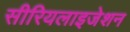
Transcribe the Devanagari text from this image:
सीरियलाइजेशन